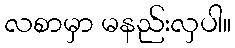
လစာမှာ မနည်းလှပါ။